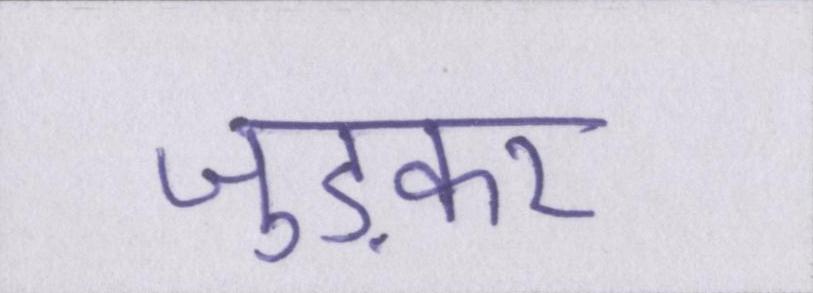
जुड़कर